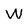
Character: W